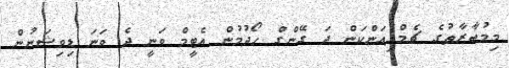
މިމުބާރާތުގެ ޗެމްޕިއަންކަން ދަ ގޭންގް ހޯދުމުން އެޓީމް ވަނީ ދެ ވަނަ ޑިވިޝަނުން